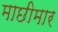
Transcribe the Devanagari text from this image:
माछीमार